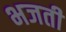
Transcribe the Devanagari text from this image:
भजती